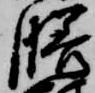
膳